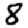
Digit: 8